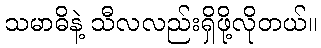
သမာဓိနဲ့ သီလလည်းရှိဖို့လိုတယ်။